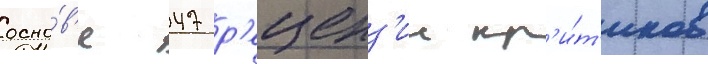
осно́в'е 47 р'еценз'ии кр'и́т'иков